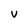
Character: V